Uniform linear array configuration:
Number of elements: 64
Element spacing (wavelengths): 0.25
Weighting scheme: cosine
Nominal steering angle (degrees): -15
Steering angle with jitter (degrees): -16.597
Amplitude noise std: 0.05
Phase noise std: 0.05

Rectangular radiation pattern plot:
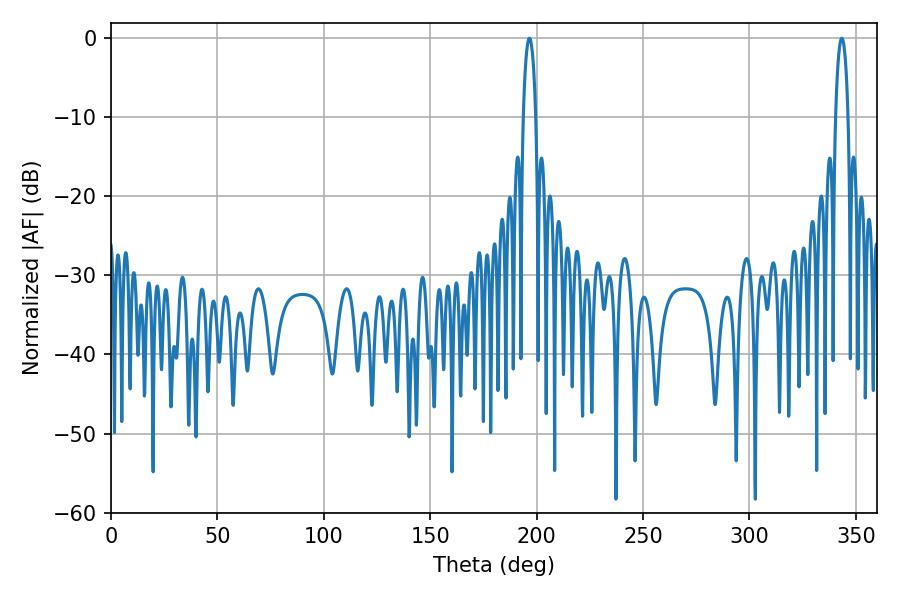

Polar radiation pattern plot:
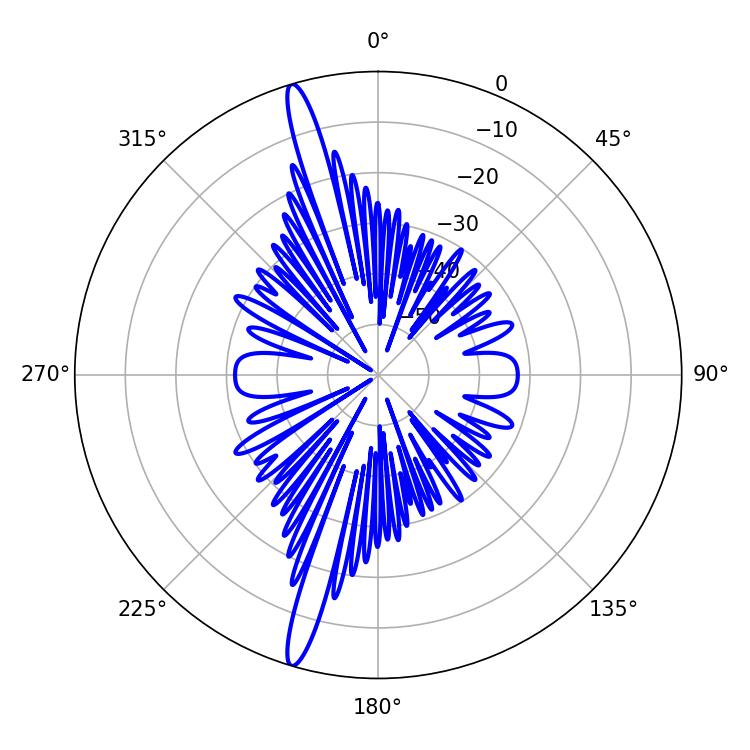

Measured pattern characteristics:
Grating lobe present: FALSE
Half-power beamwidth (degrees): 3.24
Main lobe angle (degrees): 196.56